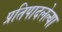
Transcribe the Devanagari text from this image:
प्रतिपादलेल्या